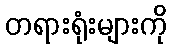
တရားရုံးများကို